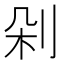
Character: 剁